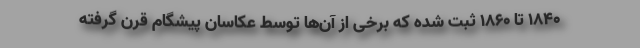
۱۸۴۰ تا ۱۸۶۰ ثبت شده که برخی از آن‌ها توسط عکاسان پیشگام قرن گرفته